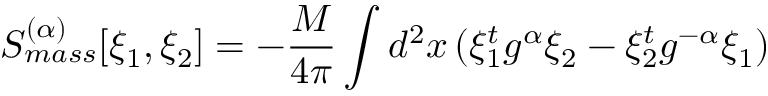
S _ { m a s s } ^ { ( \alpha ) } [ \xi _ { 1 } , \xi _ { 2 } ] = - \frac { M } { 4 \pi } \int d ^ { 2 } x \, ( \xi _ { 1 } ^ { t } g ^ { \alpha } \xi _ { 2 } - \xi _ { 2 } ^ { t } g ^ { - \alpha } \xi _ { 1 } )